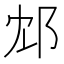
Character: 邥